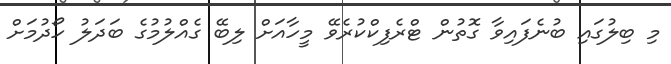
މި ބިލުގައި ބުނެފައިވާ ގޮތުން ޓްރެފިކްކުރެވޭ މީހާއަށް ލިބޭ ގެއްލުމުގެ ބަދަލު ހޯދުމަށް